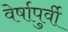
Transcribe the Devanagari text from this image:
वेर्षापुर्वी